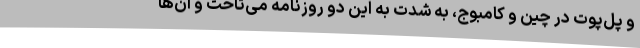
و پل‌پوت در چین و کامبوج، به شدت به این دو روزنامه می‌تاخت و آن‌ها